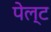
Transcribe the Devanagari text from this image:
पेल्ट